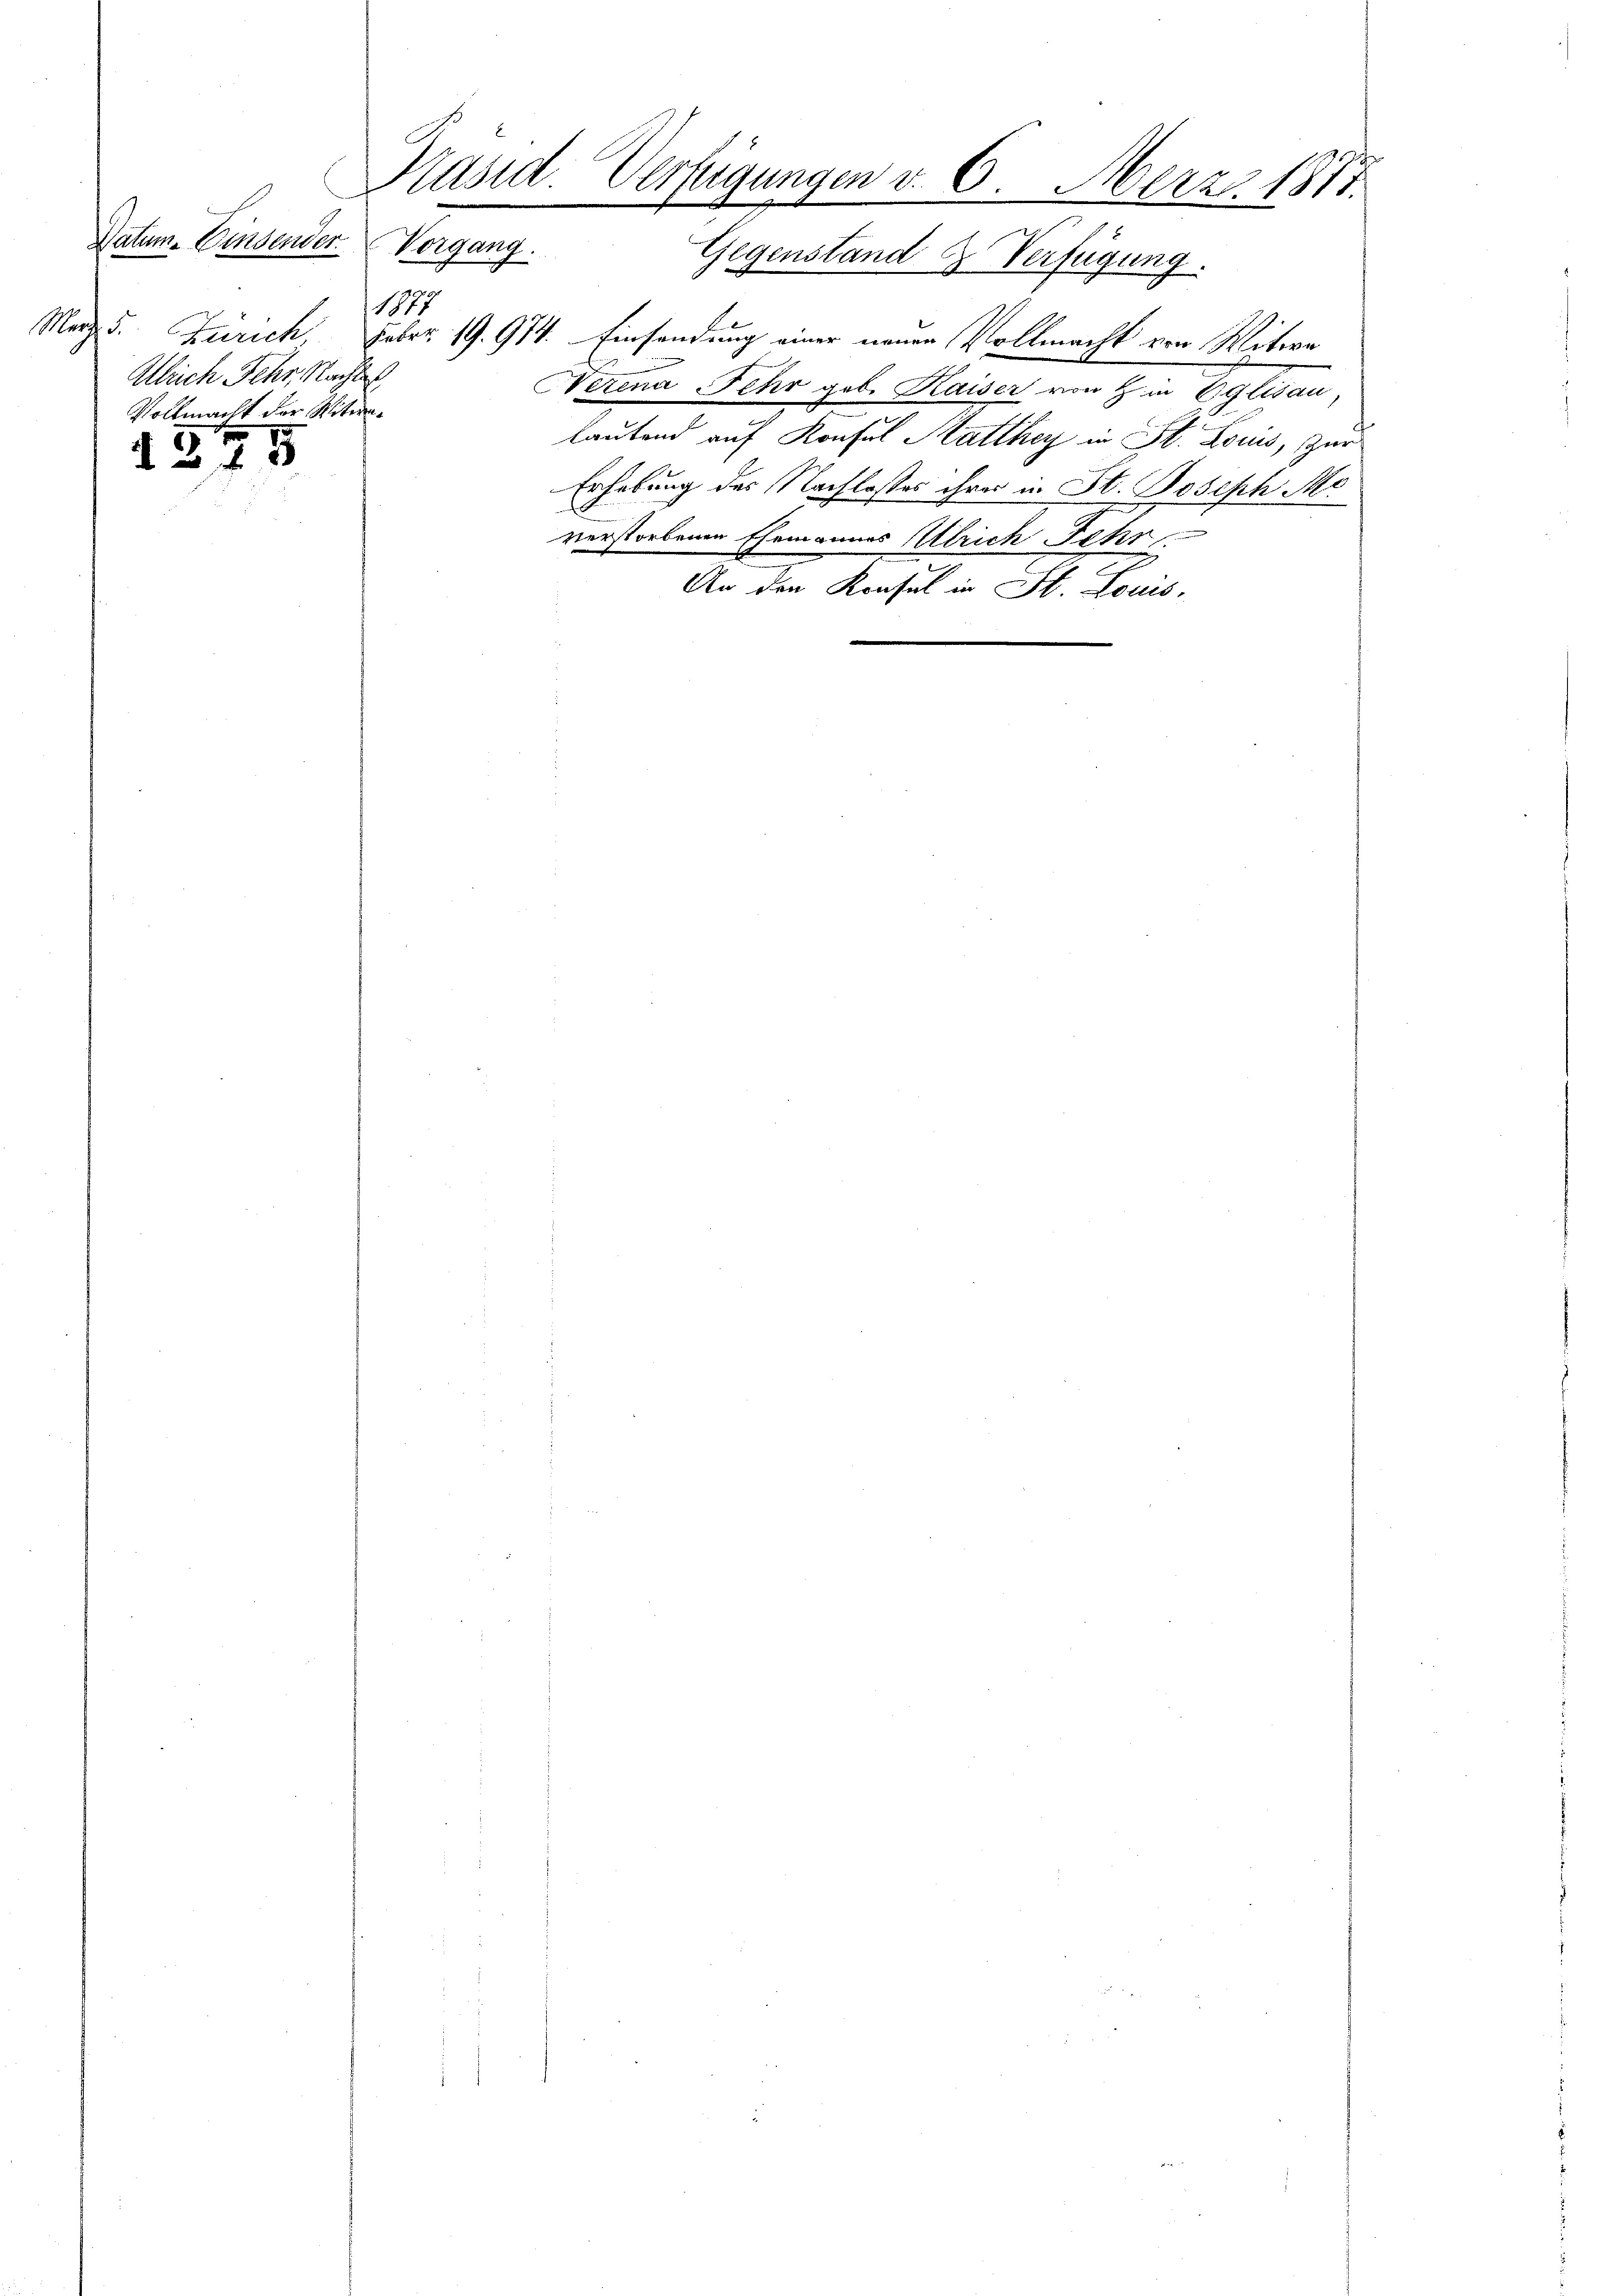
Datum. Einsender

1877
Ulrich Fehr, Nachte
Vollmacht der Witwet

.
13 f 5

Präsid. Verfügungen v. 6. Merz 1871.
Vorgang.
Gegenstand & Verfügung.

Merz d. Zürich, Febr. 19. 974. Einsendung einer neuen Vollmacht von Witwe
Nerena Fehr geb. Kaiser von H. in Eglisau,
lautend auf Konsul Hatthey in St. Louis, zur
Erhebung des Nachlasses ihrer in St. Joseph Mo
verstorbenen Ehemannes Ulrich Jehr
An den Konsul in St. Louis-